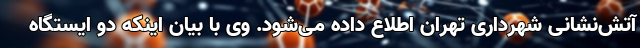
آتش‌نشانی شهرداری تهران اطلاع داده می‌شود. وی با بیان اینکه دو ایستگاه